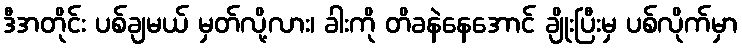
ဒီအတိုင်း ပစ်ချမယ် မှတ်လို့လား၊ ခါးကို တိခနဲနေအောင် ချိုးပြီးမှ ပစ်လိုက်မှာ